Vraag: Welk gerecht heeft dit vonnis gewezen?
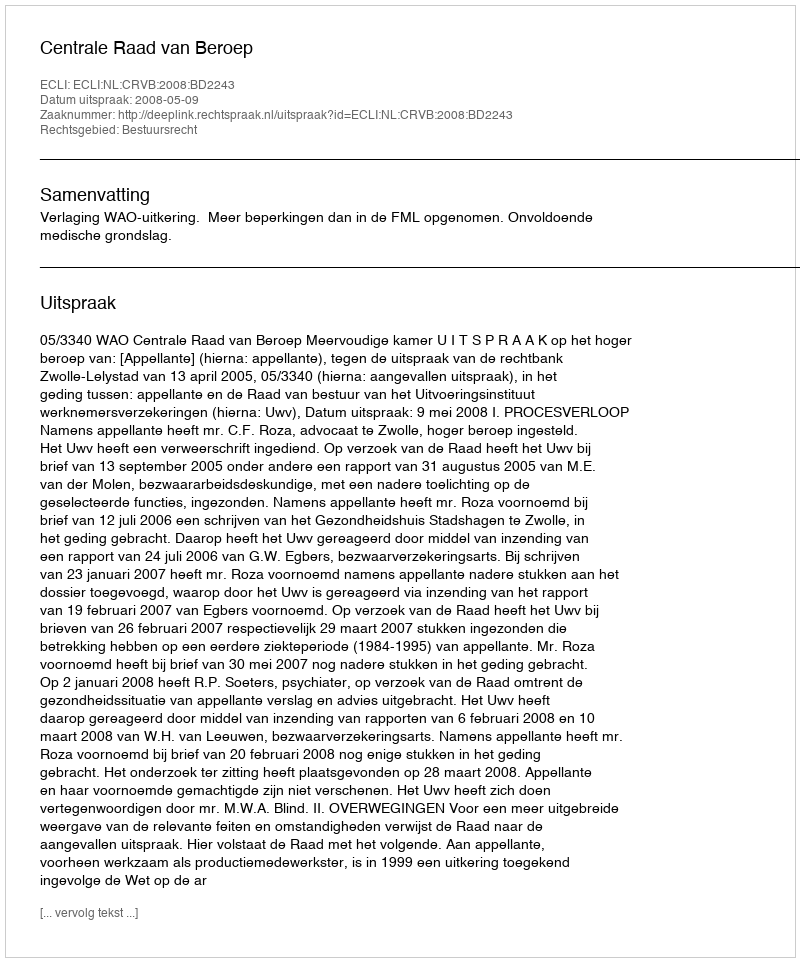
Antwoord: Centrale Raad van Beroep